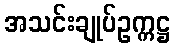
အသင်းချုပ်ဥက္ကဋ္ဌ